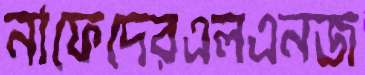
নাফেদেরএলএনজ